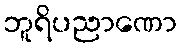
ဘူရိပညာဏော